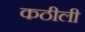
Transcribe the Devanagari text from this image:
कठीली